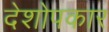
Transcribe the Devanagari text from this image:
देशोपकार